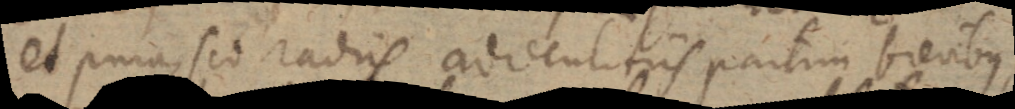
et pura, sed radiis adventitiis partim brevibus,